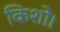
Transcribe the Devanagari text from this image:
किशो।